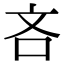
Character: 吝